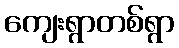
ကျေးရွာတစ်ရွာ